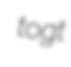
togt